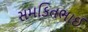
સમકિતભાઈ